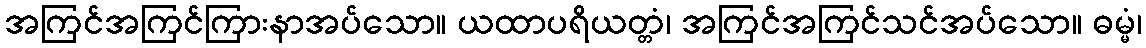
အကြင်အကြင်ကြားနာအပ်သော။ ယထာပရိယတ္တံ၊ အကြင်အကြင်သင်အပ်သော။ ဓမ္မံ၊